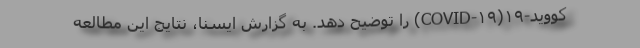
کووید-۱۹(COVID-۱۹) را توضیح دهد. به گزارش ایسنا، نتایج این مطالعه